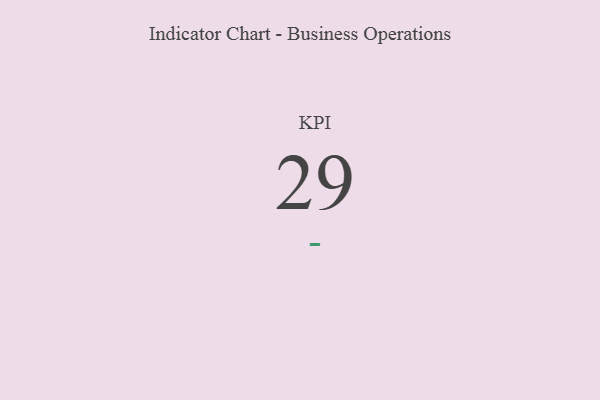
{"axis": {"x": "KPI", "y": "Value"}, "legend": [""], "data": [{"x": "KPI", "y": 29, "type": ""}]}